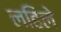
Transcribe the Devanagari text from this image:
लहिले